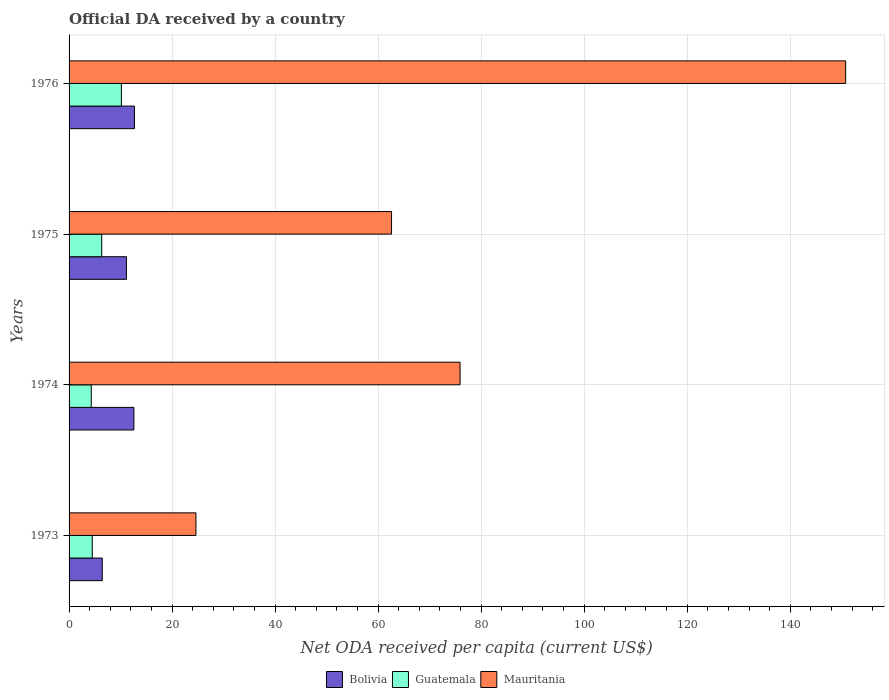
| Years | Bolivia | Guatemala | Mauritania |
 | --- | --- | --- | --- |
 | 1973 | 6.45 | 4.5 | 24.6 |
 | 1974 | 12.6 | 4.31 | 75.9 |
 | 1975 | 11.1 | 6.34 | 62.6 |
 | 1976 | 12.7 | 10.2 | 151 |